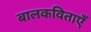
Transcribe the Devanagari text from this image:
बालकविताएँ